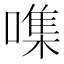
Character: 㗱